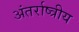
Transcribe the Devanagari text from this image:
अंतर्राष्त्रीय